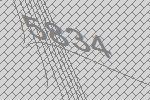
5834